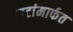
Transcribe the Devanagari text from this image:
गटांमार्फत